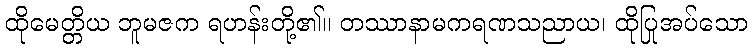
ထိုမေတ္တိယ ဘူမဇက ရဟန်းတို့၏။ တဿာနာမကရဏသညာယ၊ ထိုပြုအပ်သော